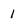
Character: 1